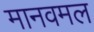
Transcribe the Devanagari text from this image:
मानवमल